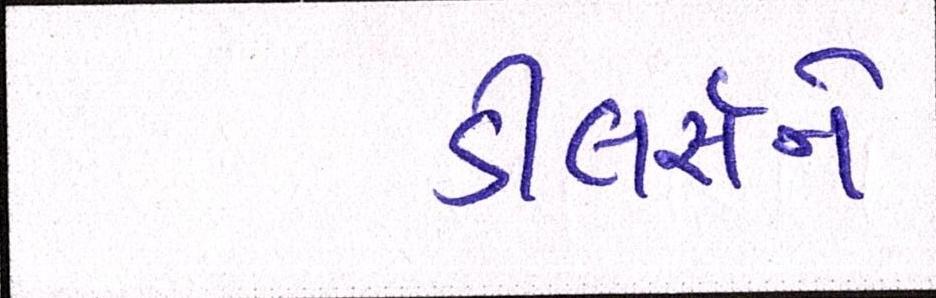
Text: ડીલર્સને